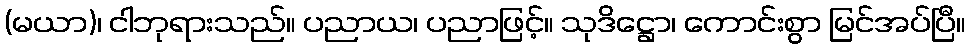
(မယာ)၊ ငါဘုရားသည်။ ပညာယ၊ ပညာဖြင့်။ သုဒိဋ္ဌော၊ ကောင်းစွာ မြင်အပ်ပြီ။